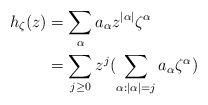
LaTeX: \begin{align*}\begin{aligned}h_{\zeta}(z) &= \sum_{\alpha} a_{\alpha} z^{|\alpha|} \zeta^{\alpha} \\&= \sum_{j\geq 0} z^j(\sum_{\alpha: |\alpha|=j}a_{\alpha} \zeta^\alpha) \end{aligned}\end{align*}